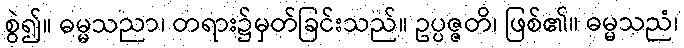
စွဲ၍။ ဓမ္မသညာ၊ တရား၌မှတ်ခြင်းသည်။ ဥပ္ပဇ္ဇတိ၊ ဖြစ်၏။ ဓမ္မသညံ၊